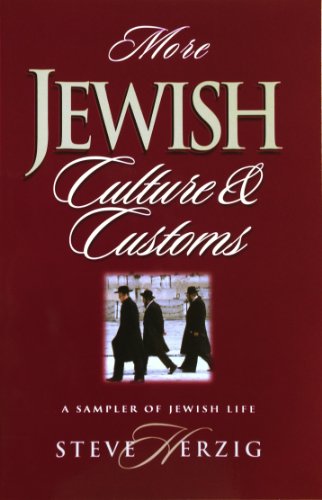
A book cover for More Jewish Culture & Customs: A Sampler of Jewish Life; Steve Herzig; Christian Books & Bibles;